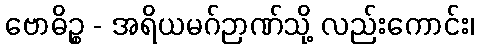
ဗောဓိဉ္စ - အရိယမဂ်ဉာဏ်သို့ လည်းကောင်း၊